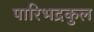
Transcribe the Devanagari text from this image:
पारिभद्रकुल